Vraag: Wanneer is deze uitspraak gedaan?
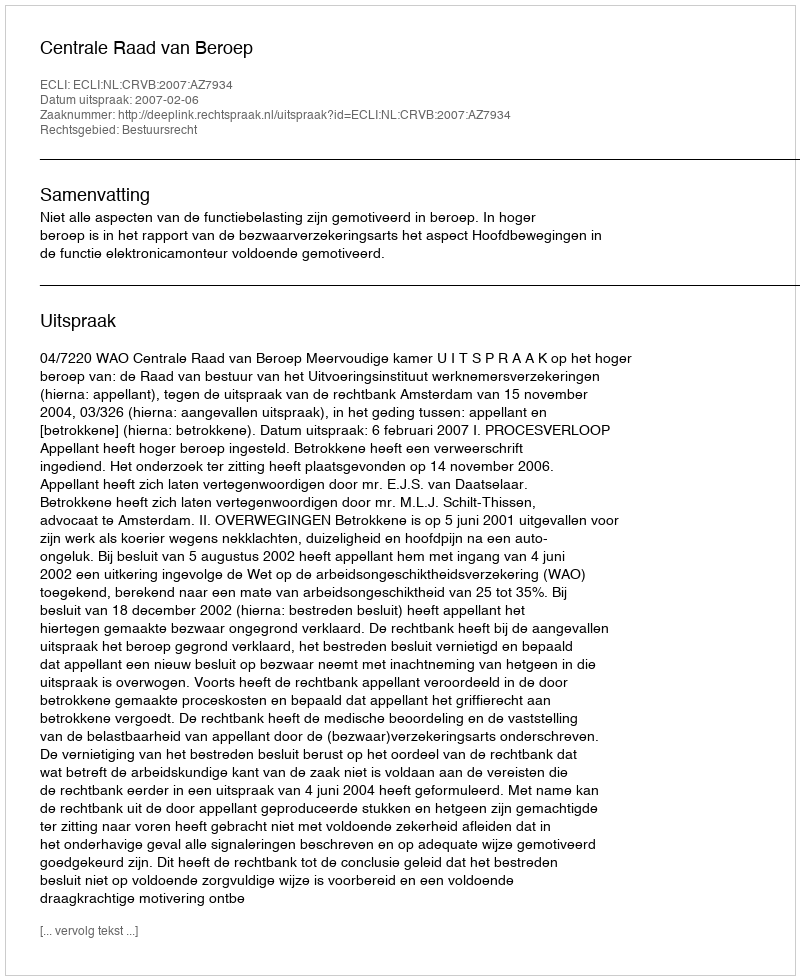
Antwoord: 2007-02-06